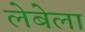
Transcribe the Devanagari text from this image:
लेबेला